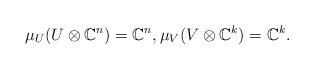
LaTeX: \begin{align*}\mu_U(U \otimes \mathbb{C}^n) =\mathbb{C}^n, \mu_V(V \otimes \mathbb{C}^k) = \mathbb{C}^k.\end{align*}